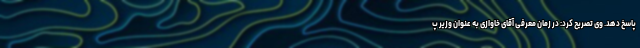
پاسخ دهد. وی تصریح کرد: در زمان معرفی آقای خاوازی به عنوان وزیر پ